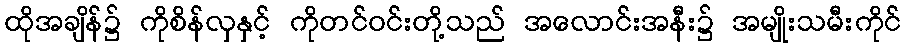
ထိုအချိန်၌ ကိုစိန်လှနှင့် ကိုတင်ဝင်းတို့သည် အလောင်းအနီး၌ အမျိုးသမီးကိုင်